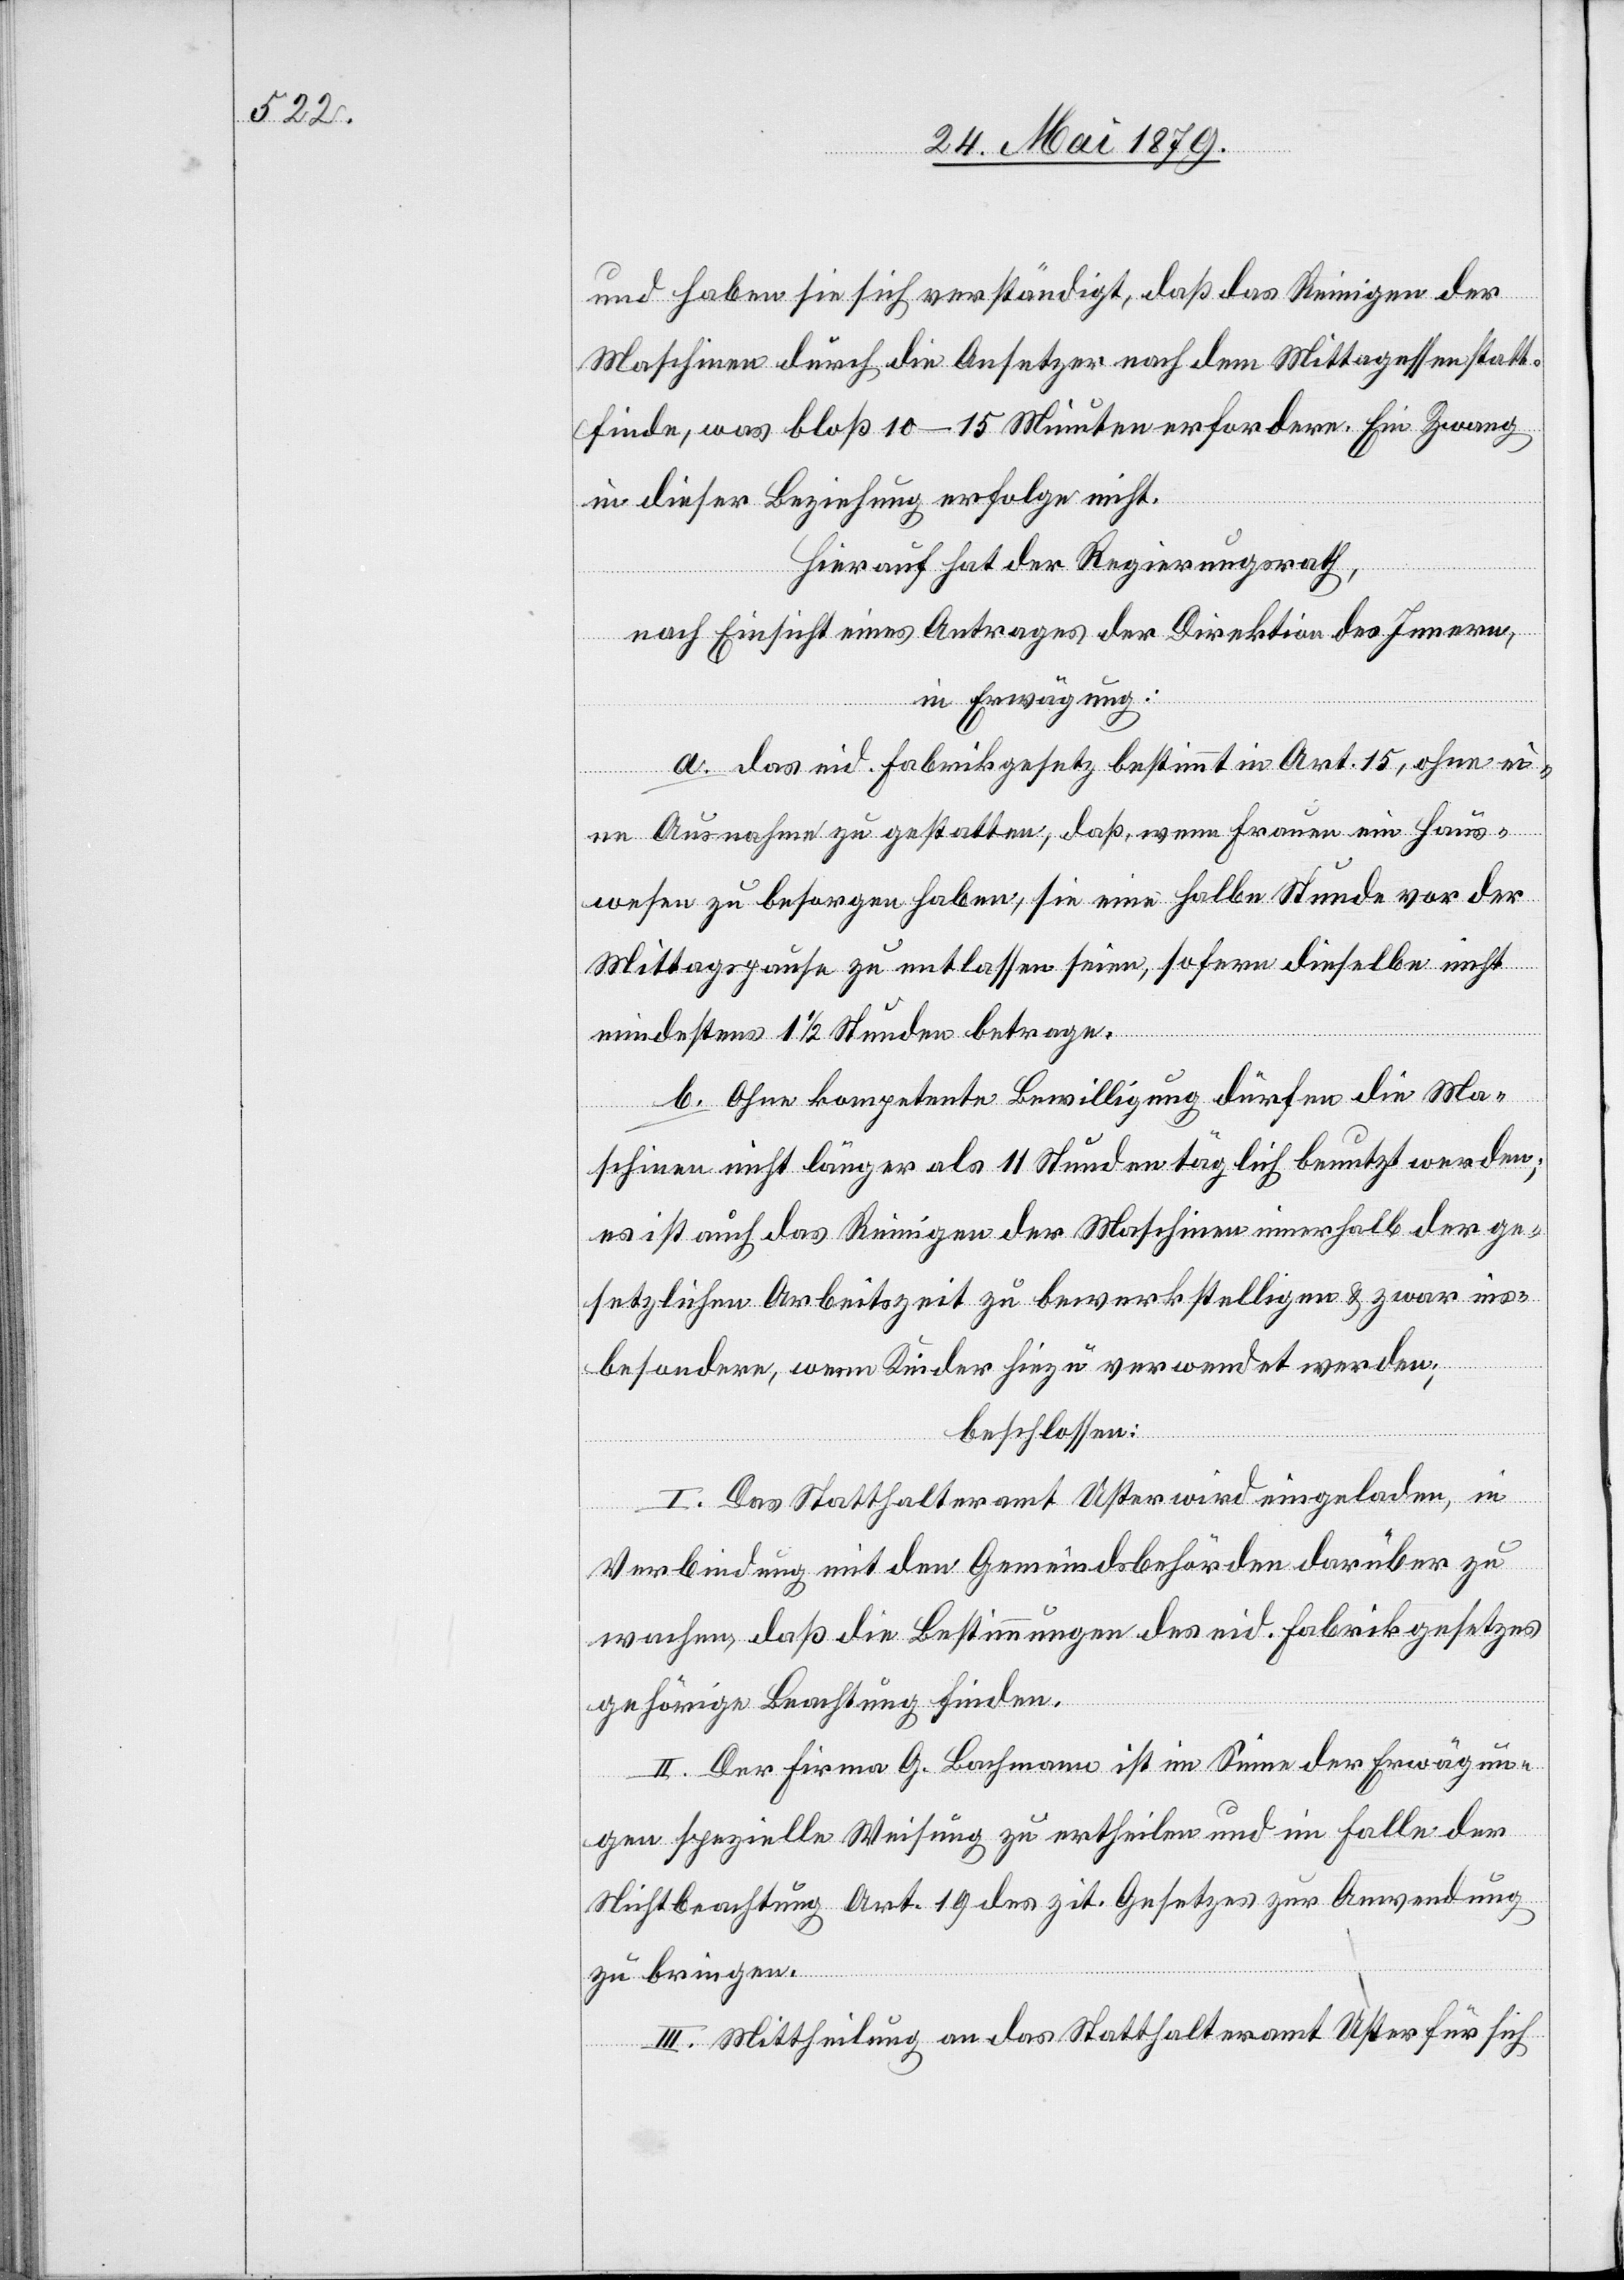
und haben sie sich verständigt, daß das Reinigen der
Maschinen durch die Ansetzer nach dem Mittagessen statt¬
finde, was bloß 10–15 Minuten erfordere. Ein Zwang
in dieser Beziehung erfolge nicht.
Hierauf hat der Regierungsrath,
nach Einsicht eines Antrages der Direktion des Innern,
in Erwägung:
a. Das eid. Fabrikgesetz bestimmt in Art. 15, ohne ei¬
ne Ausnahme zu gestatten, daß, wenn Frauen ein Haus¬
wesen zu besorgen haben, sie eine halbe Stunde vor der
Mittagspause zu entlassen seien, sofern dieselbe nicht
mindestens 1 1/2 Stunden betrage.
b. Ohne kompetente Bewilligung dürfen die Ma¬
schinen nicht länger als 11 Stunden täglich benutzt werden;
es ist auch das Reinigen der Maschinen innerhalb der ge¬
setzlichen Arbeitszeit zu bewerkstelligen & zwar ins¬
besondere, wenn Kinder hiezu verwendet werden;
beschlossen:
I. Das Statthalteramt Uster wird eingeladen, in
Verbindung mit den Gemeindsbehörden darüber zu
wachen, daß die Bestimmungen des eid. Fabrikgesetzes
gehörige Beachtung finden.
II. Der Firma G. Bachmann ist im Sinne der Erwägun¬
gen spezielle Weisung zu ertheilen und im Falle der
Nichtbeachtung Art. 19 des zit. Gesetzes zur Anwendung
zu bringen.
III. Mittheilung an das Statthalteramt Uster für sich